Civil Veterinary Dept. Bombay admin report 1893-99 - 1893-1899
Year: 1893
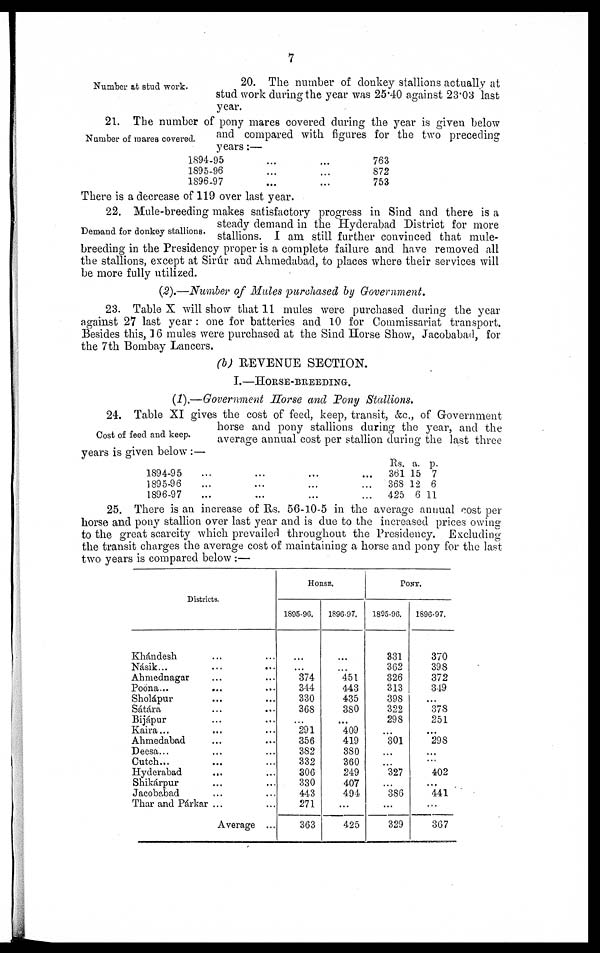
7
Number at stud work.
20. The number of donkey stallions actually at
stud work during the year was 25.40 against 23.03 last
year.
Number of mares covered.
21. The number of pony mares covered during the year is given below
and compared with figures for the two preceding
years:—
1894-95
1895-96
1896-97
...
...
...
...
...
...
763
872
753
There is a decrease of 119 over last year.
Demand for donkey stallions.
22. Mule-breeding makes satisfactory progress in Sind and there is a
steady demand in the Hyderabad District for more
stallions. I am still further convinced that mule-
breeding in the Presidency proper is a complete failure and have removed all
the stallions, except at Sirúr and Ahmedabad, to places where their services will
be more fully utilized.
(2).—Number of Mules purchased by Government.
23. Table X will show that 11 mules were purchased during the year
against 27 last year: one for batteries and 10 for Commissariat transport.
Besides this, 16 mules were purchased at the Sind Horse Show, Jacobabad, for
the 7th Bombay Lancers.
(b) REVENUE SECTION.
I.—HORSE-BREEDING.
(1).—Government Horse and Pony Stallions.
Cost of feed and keep.
24. Table XI gives the cost of feed, keep, transit, &c., of Government
horse and pony stallions during the year, and the
average annual cost per stallion during the last three
years is given below:—
1894-95
1895-96
1896-97
...
...
...
...
...
...
...
...
...
...
...
...
Rs.
361
368
425
a.
15
12
6
p.
7
6
11
25. There is an increase of Rs. 56-10-5 in the average annual cost per
horse and pony stallion over last year and is due to the increased prices owing
to the great scarcity which prevailed throughout the Presidency. Excluding
the transit charges the average cost of maintaining a horse and pony for the last
two years is compared below:—
Districts.
Khándesh ... ...
Násik... ... ...
Ahmednagar ... ...
Poona... ... ...
Sholápur ... ...
Sátára ... ...
Bijápur ... ...
Kaira... ... ...
Ahmedabad ... ...
Deesa... ... ...
Cutch... ... ...
Hyderabad ... ...
Shikárpur ... ...
Jacobabad ... ...
Thar and Párkar ... ...
Average ...
HORSE.
1895-96.
...
...
374
344
330
368
...
291
356
382
332
306
330
443
271
363
1896-97.
...
...
451
443
435
380
...
409
419
380
360
249
407
494
...
425
PONY.
1895-96.
331
362
326
313
398
322
298
...
301
...
...
327
...
386
...
329
1896-97.
370
398
372
349
...
378
251
...
298
...
...
402
...
441
...
367